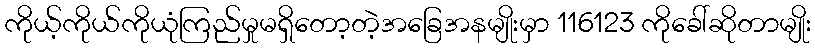
ကိုယ့်ကိုယ်ကိုယုံကြည်မှုမရှိတော့တဲ့အခြေအနမျိုးမှာ 116123 ကိုခေါ်ဆိုတာမျိုး